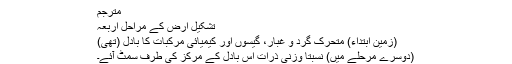
مترجم
تشکیلِ ارض کے مراحلِ اَربعہ
(زمین اِبتداءً) مُتحرّک گرد و غبار، گیسوں اور کیمیائی مُرکبات کا بادل (تھی)
(دُوسرے مرحلے میں) نسبتاً وزنی ذرّات اُس بادل کے مرکز کی طرف سمٹ آئے۔